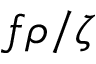
f \rho / \zeta